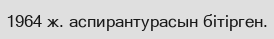
1964 ж. аспирантурасын бітірген.